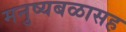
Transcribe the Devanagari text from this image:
मनुष्यबळासह